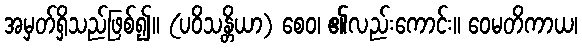
အမှတ်ရှိသည်ဖြစ်၍။ (ပဝိသန္တိယာ) စေဝ၊ ၏လည်းကောင်း။ ဝေမတိကာယ၊